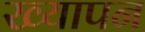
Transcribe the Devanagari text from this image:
ख्यापन